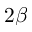
2 \beta